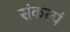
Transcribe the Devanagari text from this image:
संकल्पं